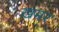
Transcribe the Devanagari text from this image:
ख़मर